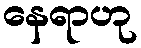
နေရာဟု